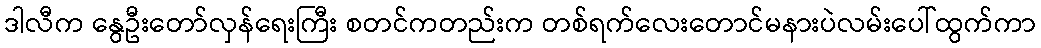
ဒါလီက နွေဦးတော်လှန်ရေးကြီး စတင်ကတည်းက တစ်ရက်လေးတောင်မနားပဲလမ်းပေါ်ထွက်ကာ